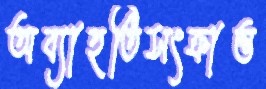
অব্যাহতিসংক্রান্ত